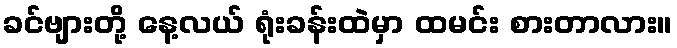
ခင်ဗျားတို့ နေ့လယ် ရုံးခန်းထဲမှာ ထမင်း စားတာလား။